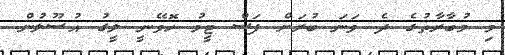
މި މުބާރާތުގެ ދެ ވަނަ ބުރަށް ފަސް ޓީމު ހޮވޭނީ ލީގު އުސޫލުން